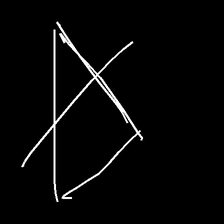
Glyph: empower